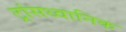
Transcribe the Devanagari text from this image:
ट्रांसध्वानिक